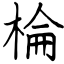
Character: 棆